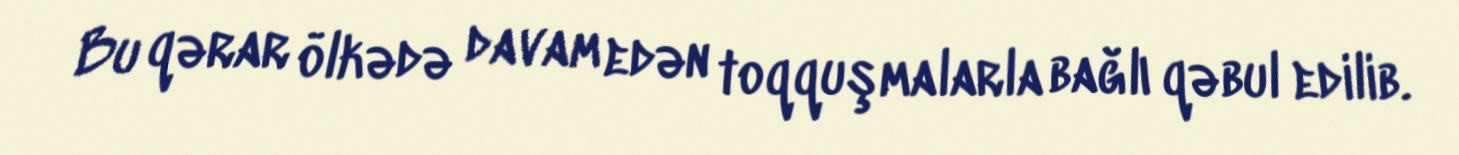
Bu qərar ölkədə davam edən toqquşmalarla bağlı qəbul edilib.